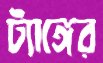
ট্যাঙ্গের